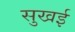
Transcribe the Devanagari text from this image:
सुखई